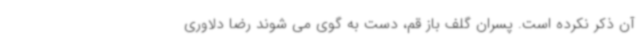
آن ذکر نکرده است. پسران گلف باز قم، دست به گوی می شوند رضا دلاوری